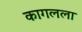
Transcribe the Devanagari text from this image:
कागलला